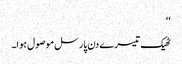
‘‘
ٹھیک تیسرے دن پارسل موصول ہوا۔